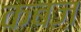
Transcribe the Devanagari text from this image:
कबज़